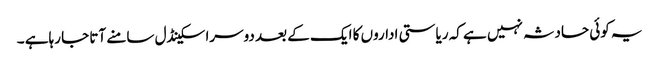
یہ کوئی حادثہ نہیں ہے کہ ریاستی اداروں کا ایک کے بعد دوسرا سکینڈل سامنے آتا جا رہاہے ۔